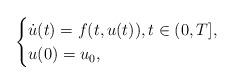
LaTeX: \begin{align*} \begin{cases}\dot{u}(t) = f(t, u(t)), t\in (0,T],\\u(0) = u_0, \end{cases}\end{align*}